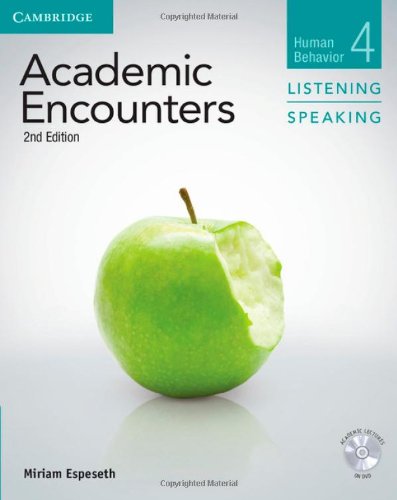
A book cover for Academic Encounters Level 4 Student's Book Listening and Speaking with DVD: Human Behavior (Academic Encounters. Human Behavior); Miriam Espeseth; Reference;